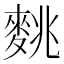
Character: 𪌪